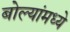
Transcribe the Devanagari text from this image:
बोल्यांमध्ये